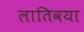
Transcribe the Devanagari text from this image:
लातिवया